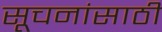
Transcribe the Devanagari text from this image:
सूचनांसाठी